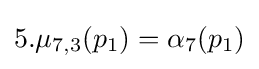
5.\mu _{7,3}(p_{1})=\alpha _{7}(p_{1})